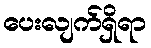
ပေးလျက်ရှိရာ